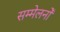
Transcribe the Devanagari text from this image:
सम्मेलनोँ